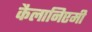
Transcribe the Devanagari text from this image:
कैलानिएमी